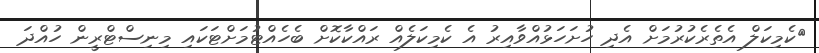
ކެމިކަލް އެތެރެކުރުމަށް އެދި ހުށަހަޅުއްވާއިރު އެ ކެމިކަލެއް ރައްކާކޮށް ބެހެއްޓުމަށްޓަކައި މިނިސްޓްރީން ހުއްދަ